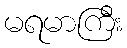
မရမာကြီး